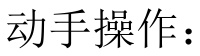
动手操作：